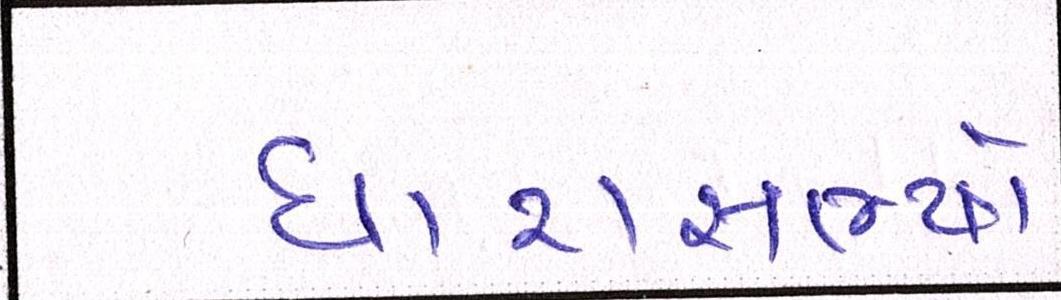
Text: ધારાસભ્યો